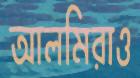
আলমিরাও